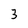
Character: 3